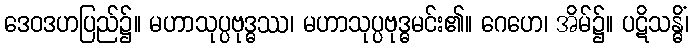
ဒေဝဒဟပြည်၌။ မဟာသုပ္ပဗုဒ္ဓဿ၊ မဟာသုပ္ပဗုဒ္ဓမင်း၏။ ဂေဟေ၊ အိမ်၌။ ပဋိသန္ဓိံ၊